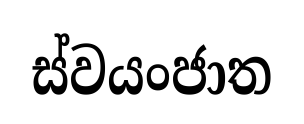
ස්වයංජාත